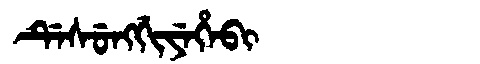
Manchu: ᡩᡝᠰᡠᠩᡤᡳᠶᡝᡥᡝᠪᡳ
Romanization: DESUNGGIYEHEBI